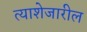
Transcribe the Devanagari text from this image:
त्याशेजारील